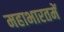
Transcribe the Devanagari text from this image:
महाभारतमें